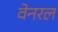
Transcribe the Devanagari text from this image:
वेनरल